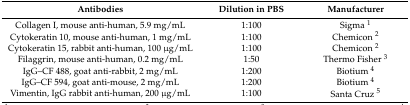
| Antibodies | Dilution in PBS | Manufacturer |
 | --- | --- | --- |
 | Collagen I, mouse anti-human, 5.9 mg/mL | 1:100 | Sigma 1 |
 | Cytokeratin 10, mouse anti-human, 1 mg/mL | 1:100 | Chemicon 2 |
 | Cytokeratin 15, rabbit anti-human, 100 μg/mL | 1:100 | Chemicon 2 |
 | Filaggrin, mouse anti-human, 0.2 mg/mL | 1:50 | Thermo Fisher 3 |
 | IgG–CF 488, goat anti-rabbit, 2 mg/mL | 1:200 | Biotium 4 |
 | IgG–CF 594, goat anti-mouse, 2 mg/mL | 1:200 | Biotium 4 |
 | Vimentin, IgG rabbit anti-human, 200 μg/mL | 1:100 | Santa Cruz 5 |